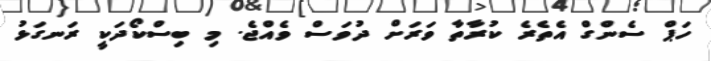
ހަޕް ސެންގް އެތެރެ ކުރާތާ ވަރަށް ދުވަސް ވެއްޖެ. މި ބިސްކޯދަކީ ރަނގަޅު